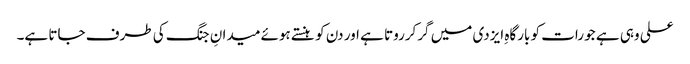
علی وہی ہے جو رات کو بارگاہِ ایزدی میں گرکرروتا ہے اور دن کو ہنستے ہوئے میدانِ جنگ کی طرف جاتا ہے۔